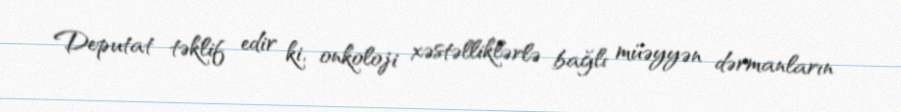
Deputat təklif edir ki, onkoloji xəstəlliklərlə bağlı müəyyən dərmanların